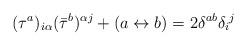
LaTeX: \begin{align*}(\tau^a)_{i\alpha} (\bar{\tau}^b)^{\alpha j} + (a \leftrightarrow b)= 2 \delta^{ab} \delta_i{}^j\end{align*}